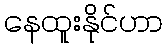
နေထူးနိုင်ဟာ